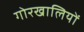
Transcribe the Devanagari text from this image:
गोरखालियों